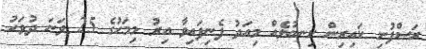
ރަސްފުށި ކައިރިން ކިނބުލެއް މިއަދު ފެނިފައިވާ އިރު މިމަހުގެ 25 ވަނަ ދުވަހު